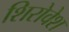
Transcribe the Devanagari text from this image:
शिरोवेश